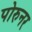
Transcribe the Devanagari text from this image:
पोरुनर